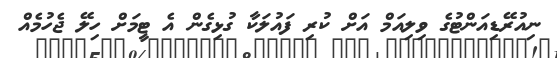
ނިއުރޭޑިއަންޓުގެ ވިލިއަމް އަށް ކުރި ފައުލަކާ ގުޅިގެން އެ ޓީމަށް ހިލޭ ޖެހުމެއް